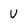
Character: V